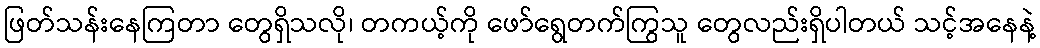
ဖြတ်သန်းနေကြတာ တွေရှိသလို၊ တကယ့်ကို ဖော်ရွေတက်ကြွသူ တွေလည်းရှိပါတယ် သင့်အနေနဲ့